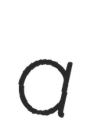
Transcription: a